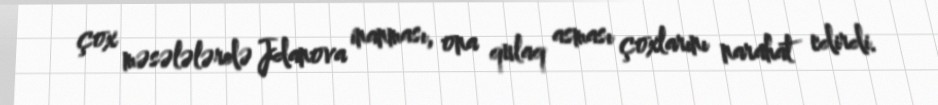
çox məsələlərdə Jdanova inanması, ona qulaq asması çoxlarını narahat edirdi.